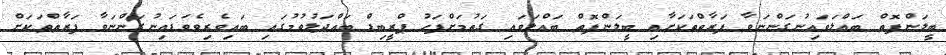
ބީލަންފޮތް ބައްލަވައިނުގަންނަވާ ފަރާތްތަކަށާއި ބީލަންފޮތް ބައްލަވައި ގަތުމަށްފަހު ޕްރީބިޑް ބައްދަލުވުމުގައި ބައިވެރިވެވަޑައިނުގަންނަވާ ފަރާތްތަކަށް